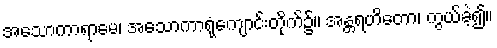
အသောကာရာမေ၊ အသောကာရုံကျောင်းတိုက်၌။ အန္တရဟိတော၊ ကွယ်ခဲ့၍။